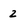
Character: 2